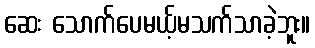
ဆေး သောက်ပေမယ့်မသက်သာခဲ့ဘူး။